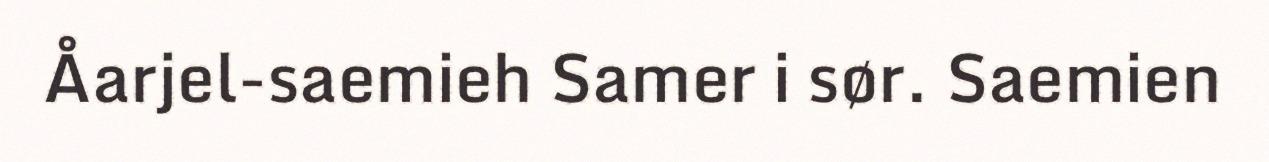
Åarjel-saemieh Samer i sør. Saemien